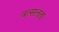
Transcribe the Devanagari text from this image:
वत्सलता